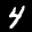
Label: 4